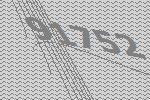
91752